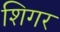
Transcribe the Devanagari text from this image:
शिगर